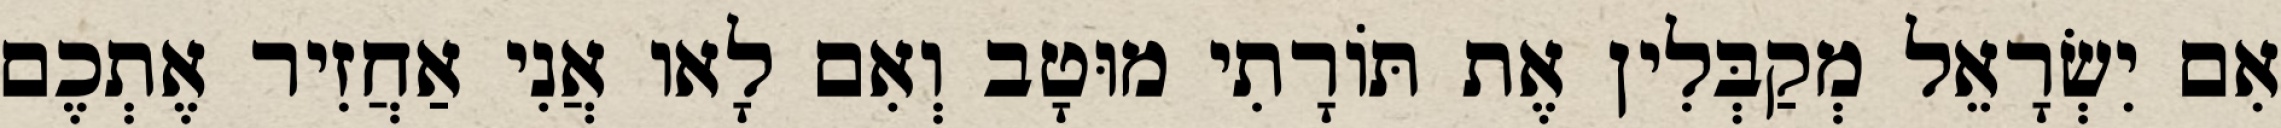
אִם יִשְׂרָאֵל מְקַבְּלִין אֶת תּוֹרָתִי מוּטָב וְאִם לָאו אֲנִי אַחֲזִיר אֶתְכֶם